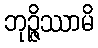
ဘုဉ္ဇိဿာမိ